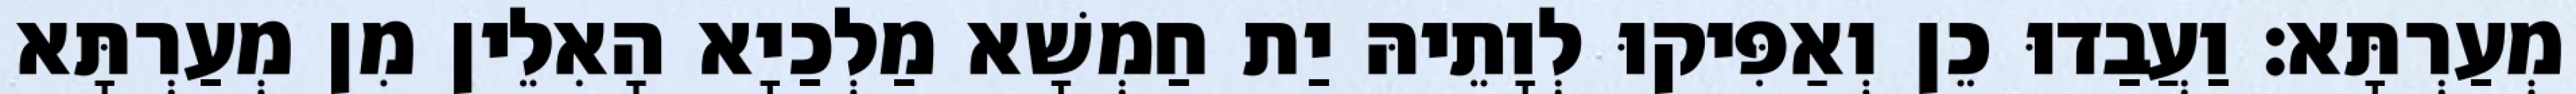
מְעַרְתָּא׃ וַעֲבַדוּ כֵן וְאַפִּיקוּ לְוָתֵיהּ יַת חַמְשָׁא מַלְכַיָא הָאִלֵין מִן מְעַרְתָּא